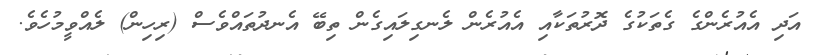
އަދި އެއުރެންގެ ގެތަކުގެ ދޮރުތަކާއި އެއުރެން ލެނގިލައިގެން ތިބޭ އެނދުތައްވެސް (ރިހިން) ލެއްވީމުހެވެ.